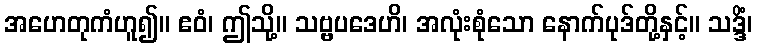
အဟေတုကံဟူ၍။ ဧဝံ၊ ဤသို့။ သဗ္ဗပဒေဟိ၊ အလုံးစုံသော နောက်ပုဒ်တို့နှင့်။ သဒ္ဒိံ၊